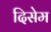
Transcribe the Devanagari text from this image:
दिसेम